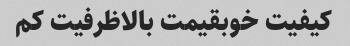
کیفیت خوبقیمت بالاظرفیت کم